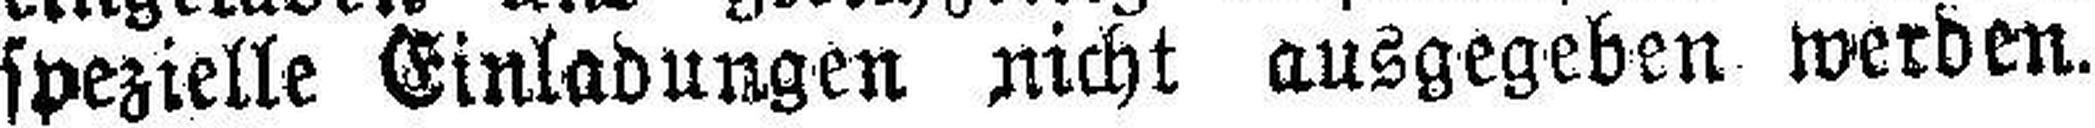
spezielle Einladungen nicht ausgegeben werden.